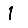
Digit: 1